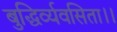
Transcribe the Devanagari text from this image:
बुद्धिर्व्यवसिता।।